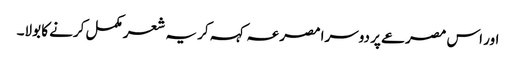
اور اس مصرعے پر دوسرا مصرعہ کہہ کر یہ شعر مکمل کرنے کا بولا۔